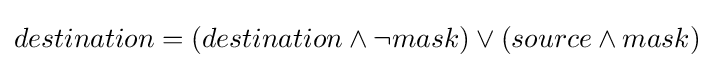
destination=(destination\land \lnot mask)\lor (source\land mask)